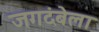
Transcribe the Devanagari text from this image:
जगदंबेला